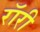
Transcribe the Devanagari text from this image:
रॉरी